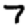
Digit: 7